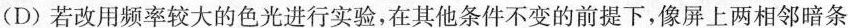
(D)若改用频率较大的色光进行实验，在其他条件不变的前提下，像屏上两相邻暗条